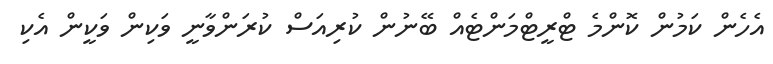
އެހެން ކަމުން ކޮންމެ ޓްރީޓްމަންޓެއް ބޭނުން ކުރިއަސް ކުރަންވާނީ ވަކިން ވަކީން އެކި